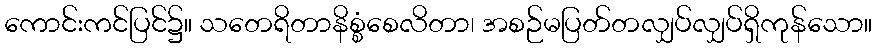
ကောင်းကင်ပြင်၌။ သတေရိတာနိစ္စံစေလိတာ၊ အစဉ်မပြတ်တလျှပ်လျှပ်ရှိကုန်သော။